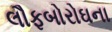
લૌફબોરોઘના